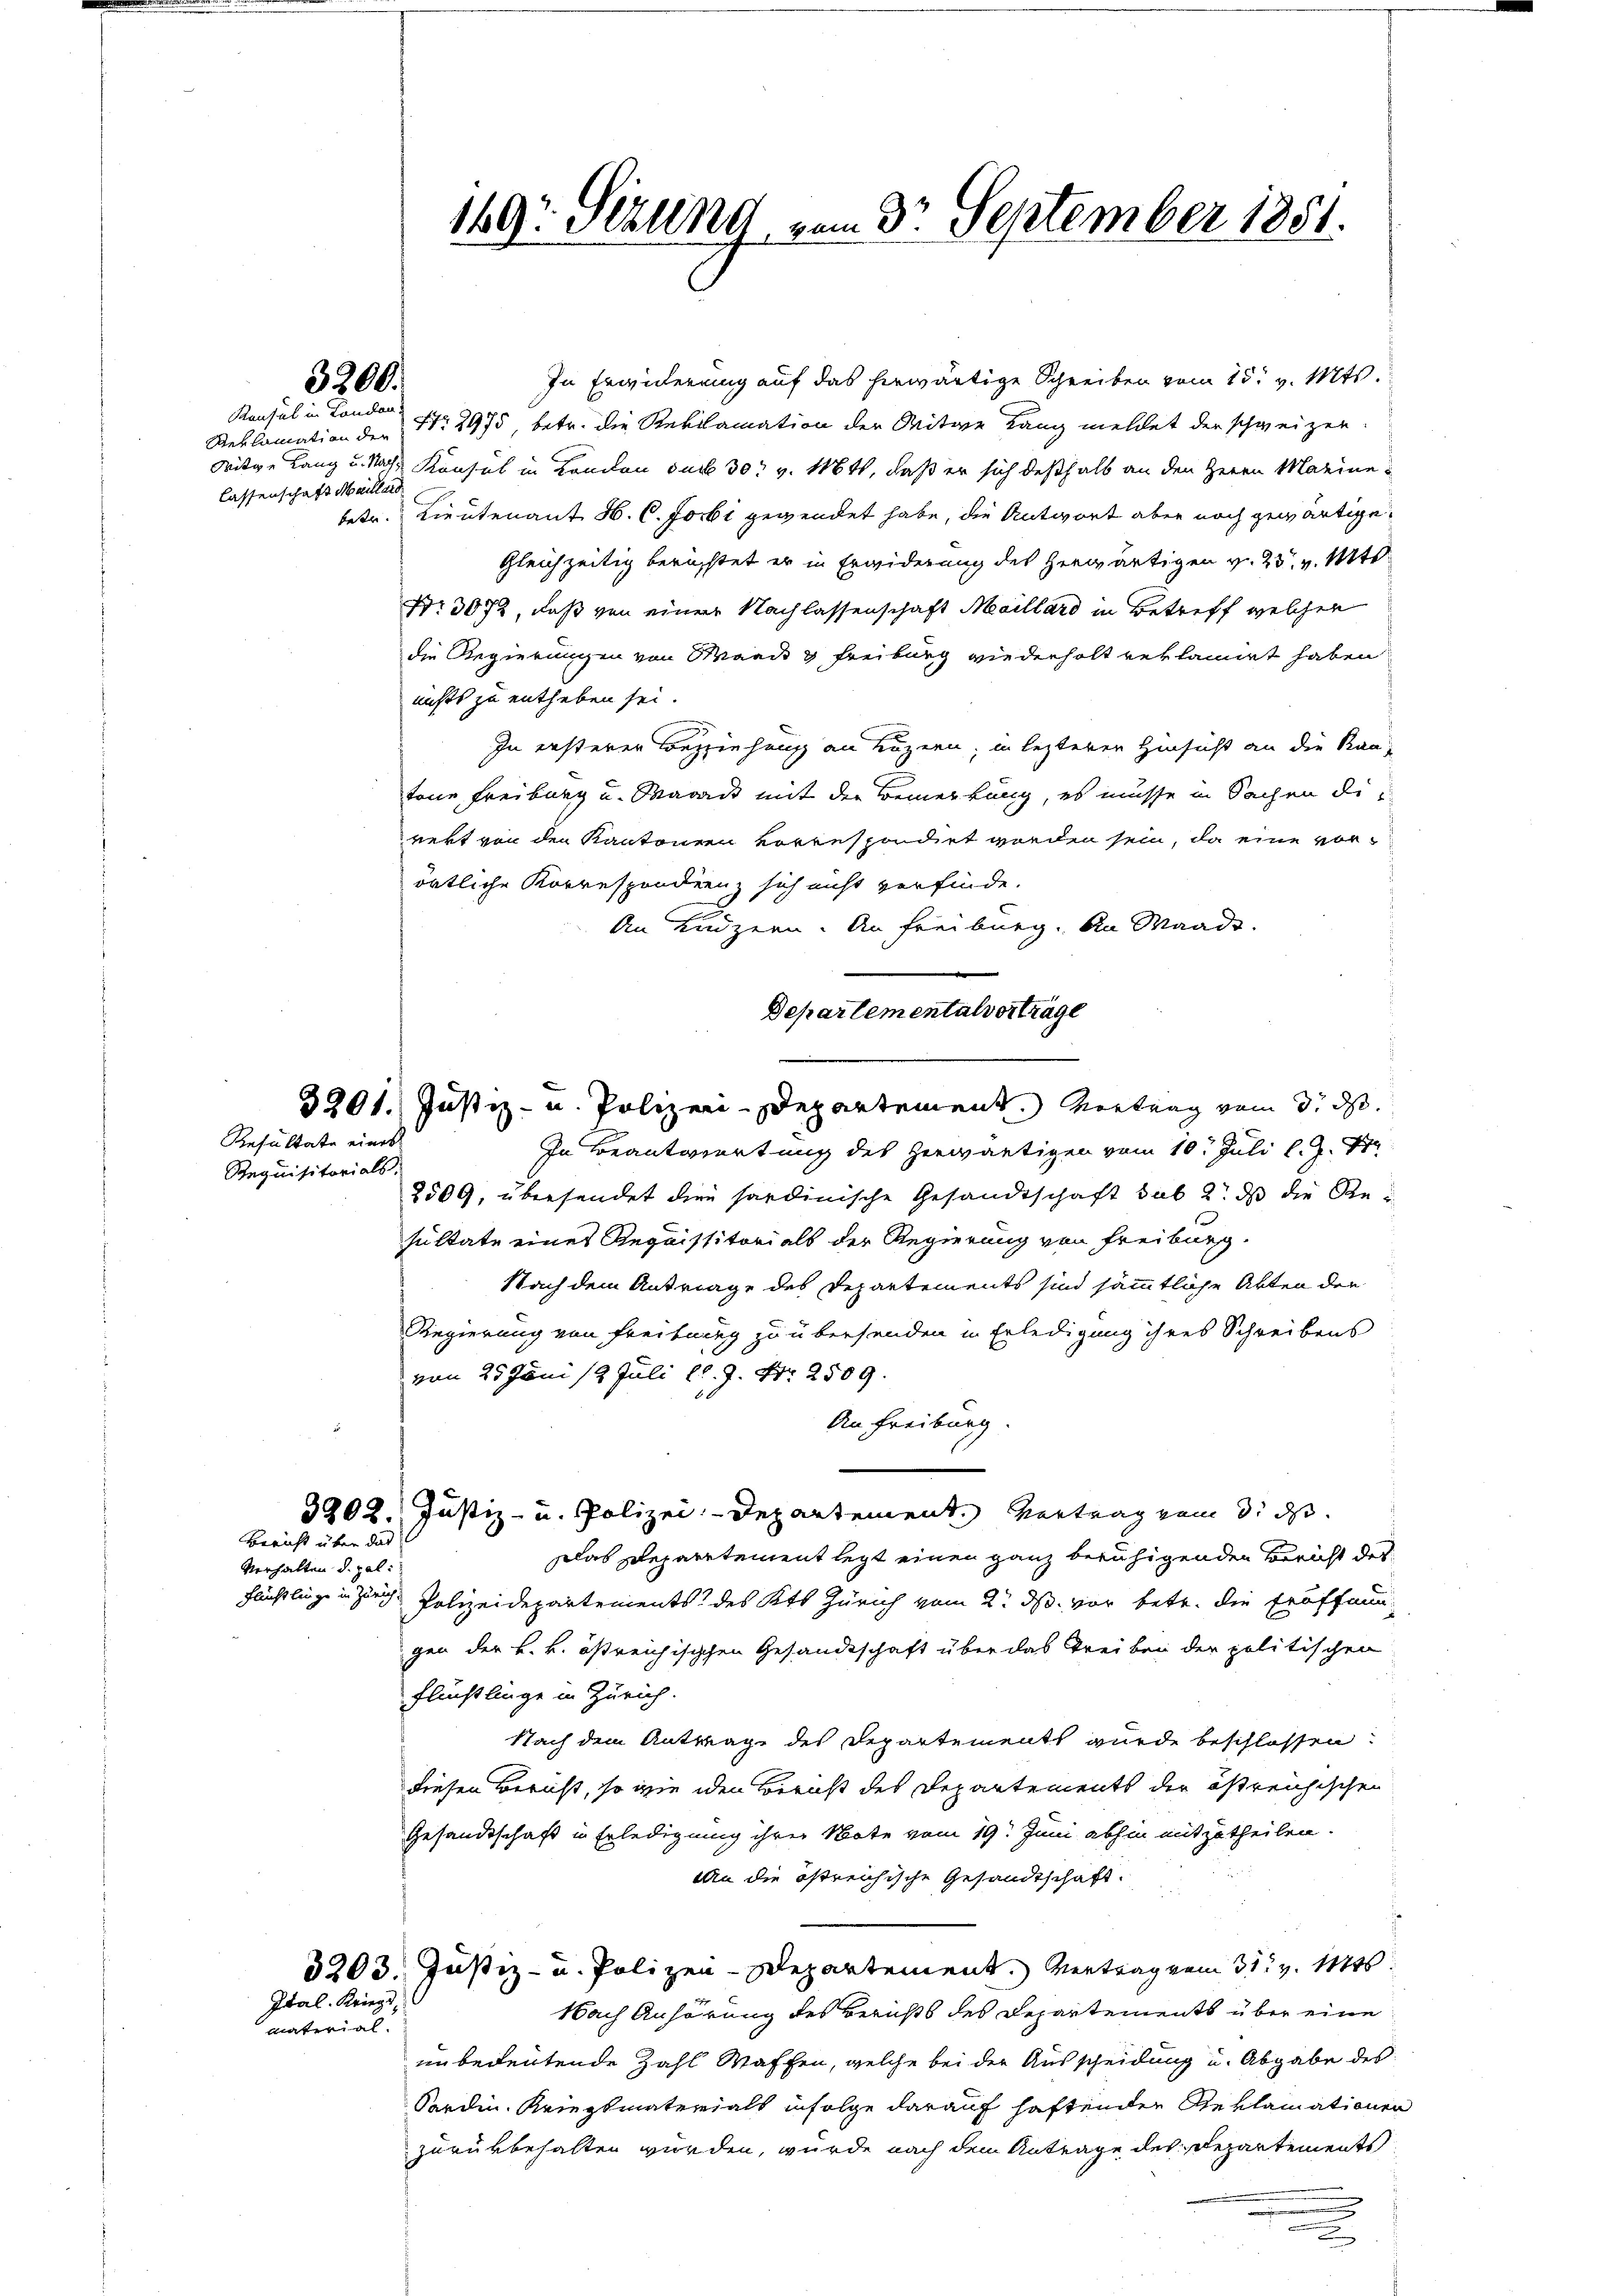
3300.

Konsul in Landen:
lassenschaft Maillard

Requisitorials.

Resultate eines

Bericht über das

Verhalten d. pal:

Idal. Kriegs
material.

In Erwicherung auf das herwärtige Schreiben vom 15. v. Mts.
Reklamation der Nr. 2975, betr. die Reklamation der Witwe Lang meldet der schweizen
Mitge Lang u. Nachs Konsul in Kanton der 30 v. Mtt, daß er sich deßhalb an den Herrn Marine
betr. Lieutenant H. C. Jobi gewendet habe, die Antwort aber noch gewärtige.
Gleichzeitig berichtet er in Erwiderung des herwärtigen v. 25. v. Mts.
Nr. 3072, daß von einer Nachlassenschaft Maillard in Betreff welcher
die Regierungen von Mande & Freiburg wiederholt reklamirt haben
nichts zu entheben sei.
In ersterer Beziehung an Luzern, in lezterer Hinsicht an die Kantone Freiburg u. Waadt mit der Bemerkung, es müsse in Sachen di
rekt von den Kantonen korrespondirt worden sein, da eine vorörtliche Korrespondienz sich nicht verfinde.
An Luzern. An Freiburg. An Waadt.
Departementalvertrage
3201. Justiz- u. Polizeii-Departement. Vortrag vom 3. d.
In Beantwortung des herwärtigen vom 10t Juli l. J. 17
2509, übersendet die sardinische Gesandtschaft sub 2. ds die Resultate eines Requisitorials der Regierung von Freiburg.
Nach dem Antrage des Departements sind sämmtliche Akten der
Regierung von Freiburg zu übersenden in Erledigung ihres Schreibens
von 25 Juni 12 Juli l. J. Nr. 2509.
An Freiburg.
3902. Justiz- u. Polizei-Departement. Vortrag zum d. d.
Das Departement legt einen ganz beruhigenden Bericht des
Flüchtlinge in Zürich Polizeidepartements des Kts Zürich vom 2. ds. vor betr. die Eröffnun
gen der k. k. östreichisischen Gesandtschaft über das Freiben der politischen
flüchtlinge in Zürich.
Nach dem Antrage des Departements wurde beschlossen:
diesen Bericht, so wie iden Bericht des Departements der östreichischen
Gesandtschaft in Erledigung ihrer Note vom 19. Juni abhin mitzutheilen.
An die östreichische Gesandtschaft.
3203. Justiz- u. Polizen-Departement. Vertrag vom 31t v. 144.
Nach Anhörung des Berichts des Departements über eine
unbedeutende Zahl Waffen, welche bei der Ausscheidung u. Abgabe des
Sardin Kriegsmaterials infolge darauf haftenden Reklamationen
zurükbehalten wurden, wurde nach dem Antrage des Departements

169: Sizung vom 3. September 1851.

u